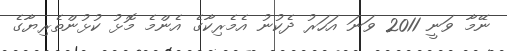
ނޭމާ ވަނީ 2011 ވަނަ އަހަރު ދެކުނު އެމެރިކާގެ އެންމެ މޮޅު ކުޅުންތެރިޔާގެ